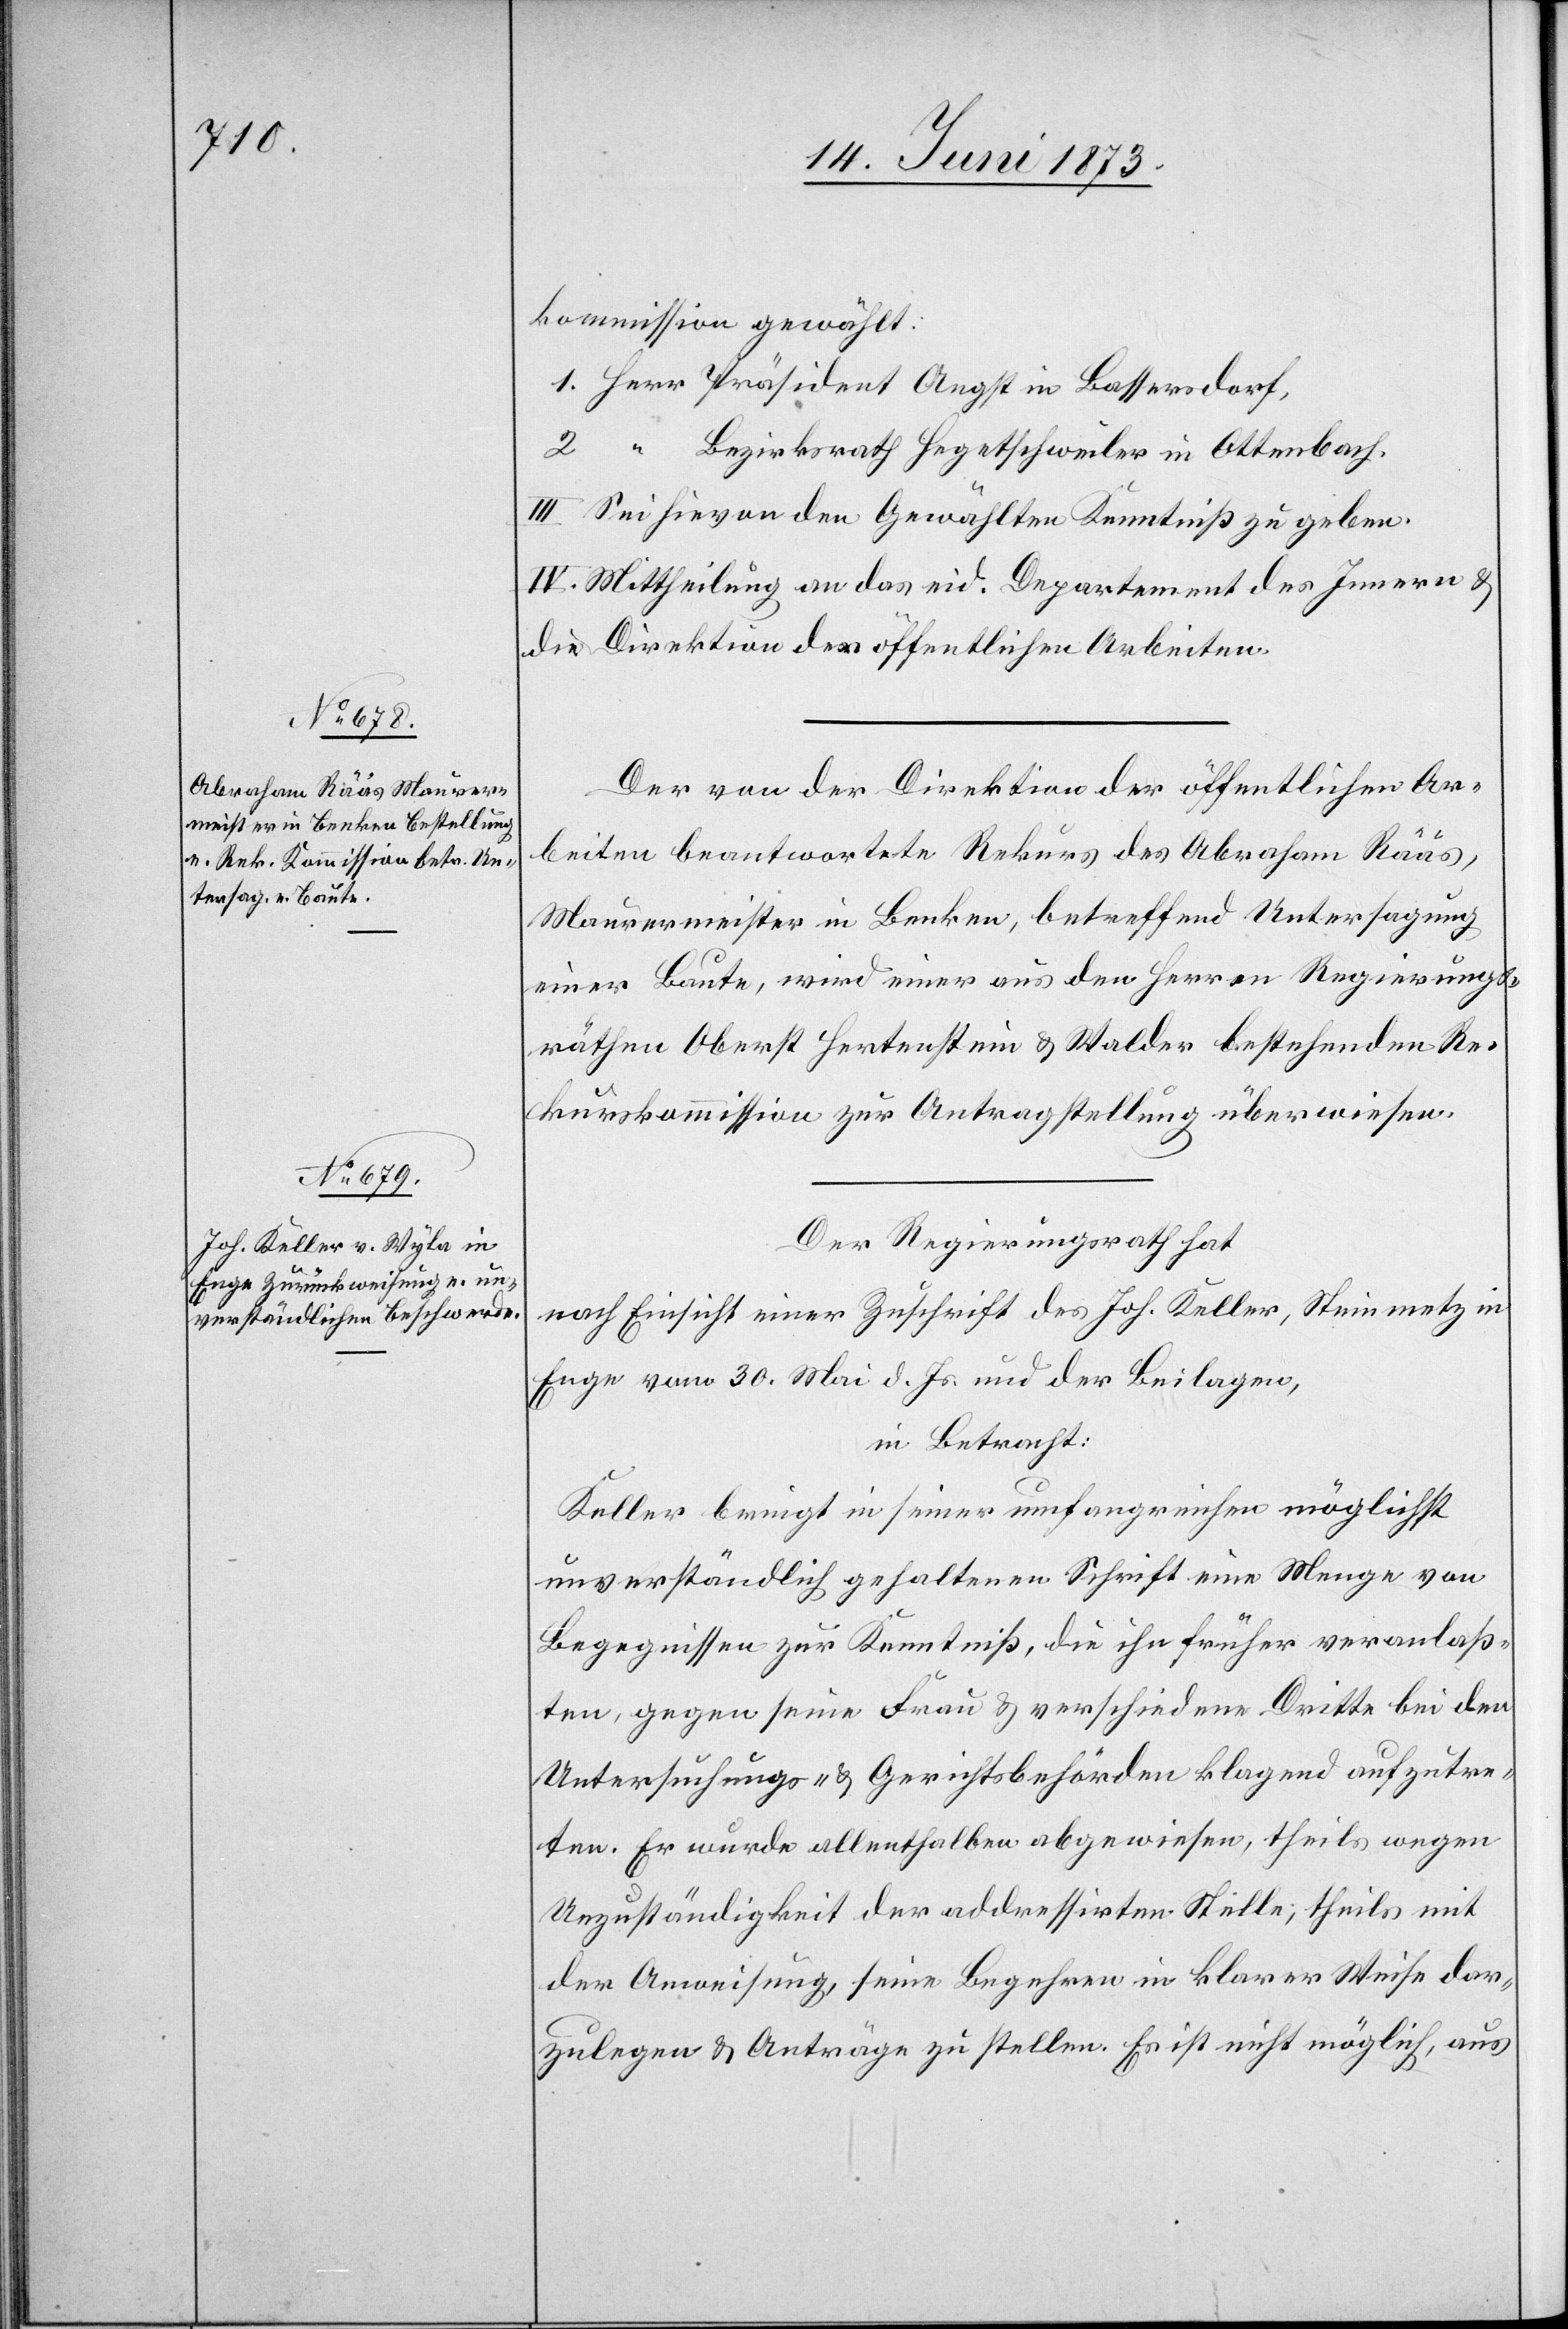
kommission gewählt:
1. Herr Präsident Angst in Bassersdorf,
2. “ Bezirksrath Hegetschweiler in Ottenbach.
III. Sei hievon den Gewählten Kenntniß zu geben.
IV. Mittheilung an das eid. Departement des Innern &
die Direktion der öffentlichen Arbeiten.
Der von der Direktion der öffentlichen Ar¬
beiten beantwortete Rekurs des Abraham Rääs,
Maurermeister in Benken, betreffend Untersagung
einer Baute, wird einer aus den Herren Regierungs¬
räthen Oberst Hertenstein & Walder bestehenden Re¬
kurskommission zur Antragstellung überwiesen.
Der Regierungsrath hat
nach Einsicht einer Zuschrift des Joh. Keller, Steinmetz in
Enge vom 30. Mai d. Js. und der Beilagen,
in Betracht:
Keller bringt in seiner umfangreichen möglichst
unverständlich gehaltenen Schrift eine Menge von
Begegnissen zur Kenntniß, die ihn früher veranlaß¬
ten, gegen seine Frau & verschiedene Dritte bei den
Untersuchungs- & Gerichtsbehörden klagend aufzutre¬
ten. Er wurde allenthalben abgewiesen, theils mit
der Anweisung, seine Begehren in klarer Weise dar¬
zulegen & Anträge zu stellen. Es ist nicht möglich, aus